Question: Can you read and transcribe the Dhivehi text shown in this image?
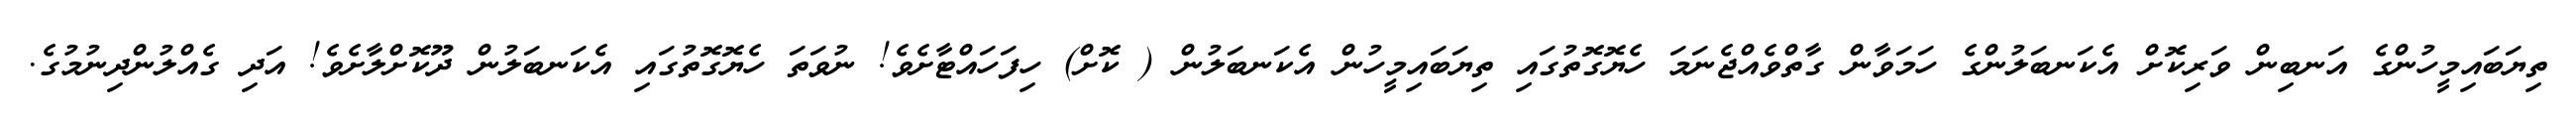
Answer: ތިޔަބައިމީހުންގެ އަނބިން ވަރިކޮށް އެކަނބަލުންގެ ހަމަވާން ގާތްވެއްޖެނަމަ ހެޔޮގޮތުގައި ތިޔަބައިމީހުން އެކަނބަލުން ( ކޮށް) ހިފަހައްޓާށެވެ! ނުވަތަ ހެޔޮގޮތުގައި އެކަނބަލުން ދޫކޮށްލާށެވެ! އަދި ގެއްލުންދިނުމުގެ.